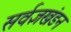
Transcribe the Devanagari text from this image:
सर्वज्ञखंडन